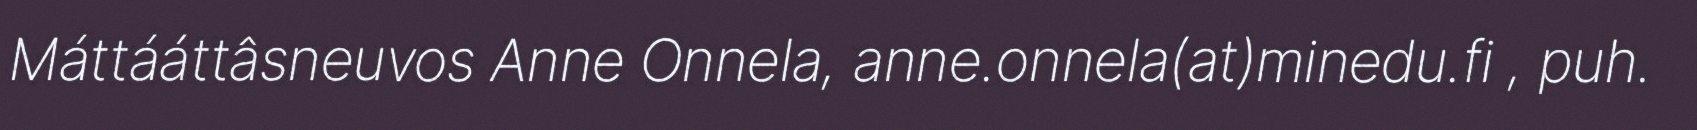
Máttááttâsneuvos Anne Onnela, anne.onnela(at)minedu.fi , puh.